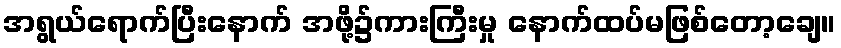
အရွယ်ရောက်ပြီးနောက် အဖို့၌ကားကြီးမှု နောက်ထပ်မဖြစ်တော့ချေ။